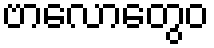
ဗာလောတွေဝ